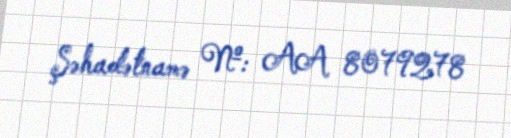
Şəhadətnamə №: AA 8079278